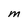
Character: M